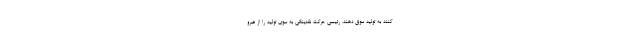
کنند به تولید سوق دهند. رئیسی حرکت نقدینگی به سوی تولید را از ضرو